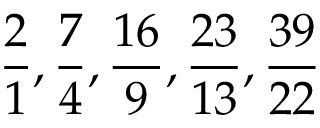
{ \frac { 2 } { 1 } } , { \frac { 7 } { 4 } } , { \frac { 1 6 } { 9 } } , { \frac { 2 3 } { 1 3 } } , { \frac { 3 9 } { 2 2 } }